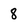
Character: 8